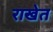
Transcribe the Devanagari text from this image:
राखेत